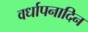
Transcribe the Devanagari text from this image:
वर्धापनादिन